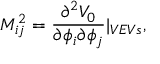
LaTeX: M _ { i j } ^ { 2 } = \frac { \partial ^ { 2 } V _ { 0 } } { \partial \phi _ { i } \partial \phi _ { j } } | _ { V E V s } ,